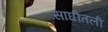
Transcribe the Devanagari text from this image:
सांघीतली